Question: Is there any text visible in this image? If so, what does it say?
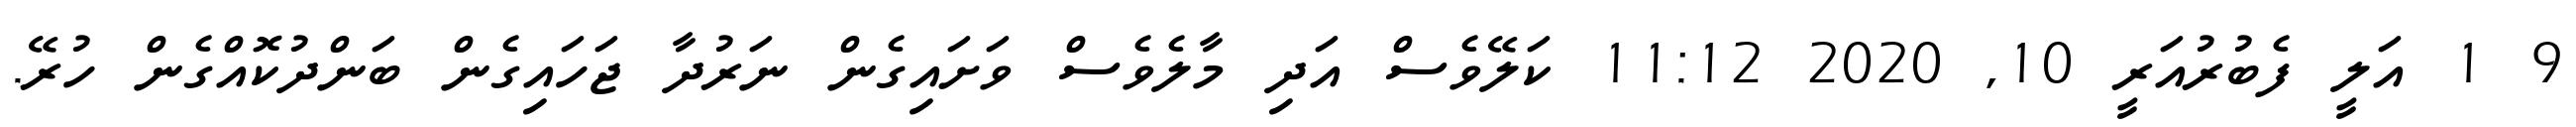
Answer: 9 1 އަލީ ފެބުރުއަރީ 10, 2020 11:12 ކަލޭވެސް އަދި މާލެވެސް ވަށައިގެން ނަރުދާ ޖަހައިގެން ބަންދުކޮއްގެން ހުރޭ.